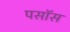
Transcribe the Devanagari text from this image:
पसॉस